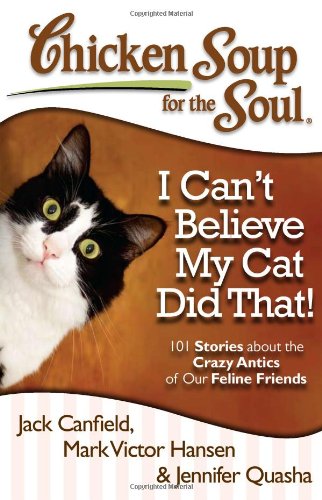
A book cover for Chicken Soup for the Soul: I Can't Believe My Cat Did That!: 101 Stories about the Crazy Antics of Our Feline Friends; Jack Canfield; Crafts, Hobbies & Home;